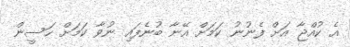
އެ ކުއްޖާ އަށް ފެނުނު ކަމަށް އޭނާ ބުނެފައި ނުވާ ކަމަށް ހަސީން